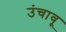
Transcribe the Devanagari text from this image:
उंचावू